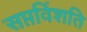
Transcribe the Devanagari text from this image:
सप्तविंशति